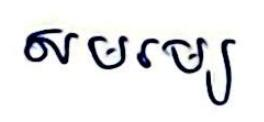
សមរម្យ